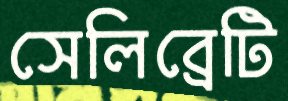
সেলিব্রেটি